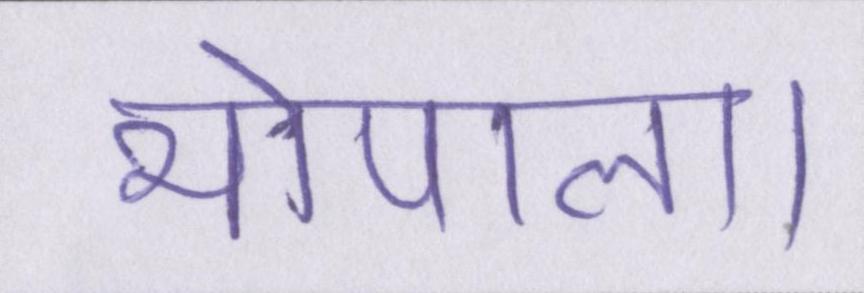
भोपाल।